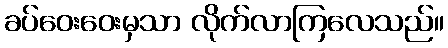
ခပ်ဝေးဝေးမှသာ လိုက်လာကြလေသည်။